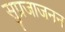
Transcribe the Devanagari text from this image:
सुप्रजाजनन